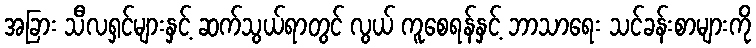
အခြား သီလရှင်များနှင့် ဆက်သွယ်ရာတွင် လွယ် ကူစေရန်နှင့် ဘာသာရေး သင်ခန်းစာများကို